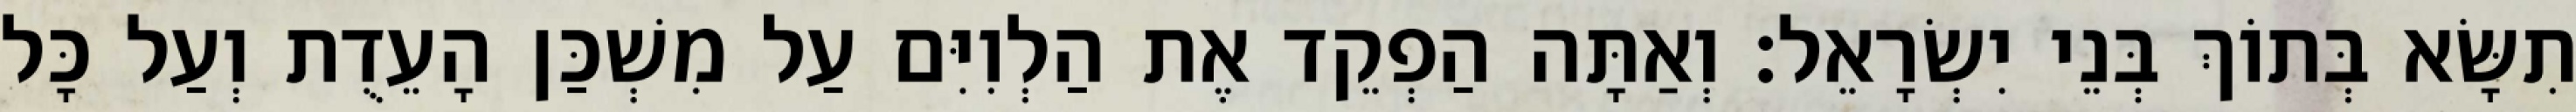
תִשָּׂא בְּתוֹךְ בְּנֵי יִשְׂרָאֵל׃ וְאַתָּה הַפְקֵד אֶת הַלְוִיִּם עַל מִשְׁכַּן הָעֵדֻת וְעַל כָּל